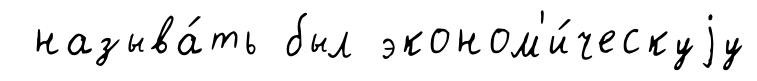
называ́ть был эконом'и́ческуjу